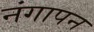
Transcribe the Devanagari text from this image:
नंगापन